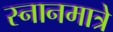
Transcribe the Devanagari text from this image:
स्नानमात्रे